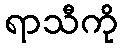
ရာသီကို